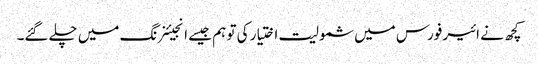
کچھ نے ائیر فورس میں شمولیت اختیار کی تو ہم جیسے انجیئنرنگ میں چلے گئے۔